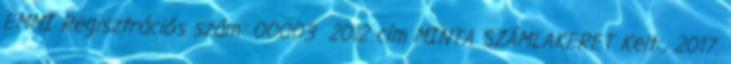
EMMI Regisztrációs szám: 00003 2012 cím MINTA SZÁMLAKERET Kelt:., 2017.